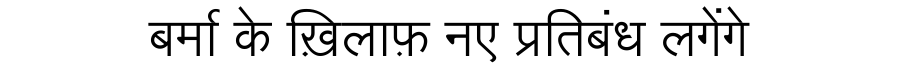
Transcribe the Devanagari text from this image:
बर्मा के ख़िलाफ़ नए प्रतिबंध लगेंगे